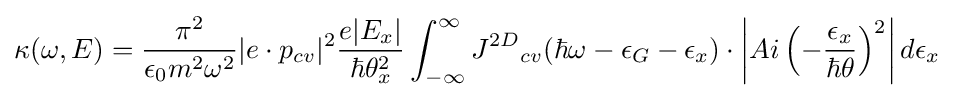
{\kappa (\omega ,E)}={{\pi ^{2}} \over {\epsilon _{0}m^{2}\omega ^{2}}}|e\cdot p_{cv}|^{2}{{e|E_{x}|} \over {\hbar \theta _{x}^{2}}}\int _{-\infty }^{\infty }{J^{2D}}_{cv}(\hbar \omega -\epsilon _{G}-\epsilon _{x})\cdot \left|Ai\left(-{{\epsilon _{x}} \over {\hbar \theta }}\right)^{2}\right|d\epsilon _{x}